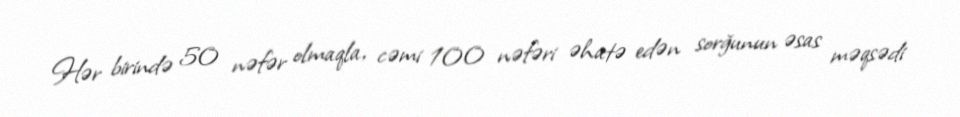
Hər birində 50 nəfər olmaqla, cəmi 100 nəfəri əhatə edən sorğunun əsas məqsədi